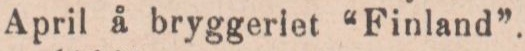
April å bryggeriet “Finland”.